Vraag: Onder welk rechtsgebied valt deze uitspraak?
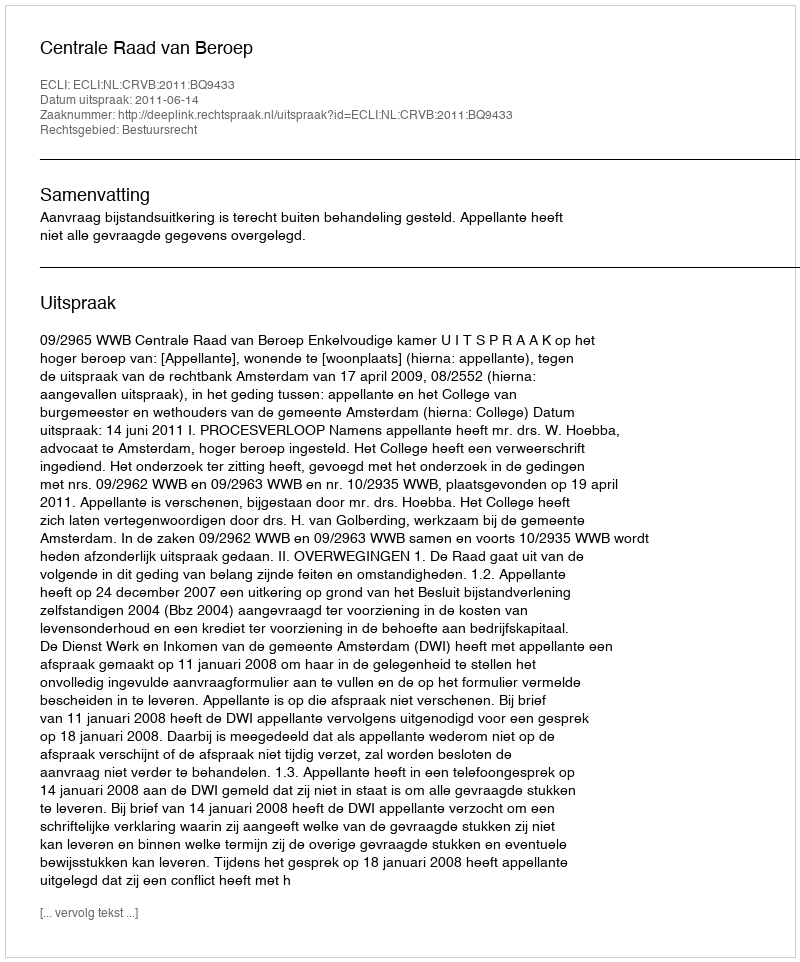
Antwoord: Bestuursrecht